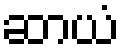
ဆာယံ